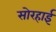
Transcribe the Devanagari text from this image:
सोरहाई